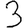
Digit: 3